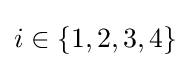
i\in \{1,2,3,4\}